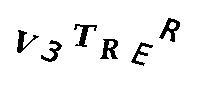
V3TRER